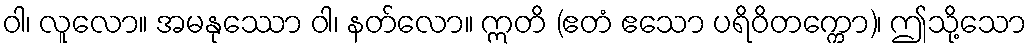
ဝါ၊ လူလော။ အမနုဿော ဝါ၊ နတ်လော။ ဣတိ (ဧတံ ဧသော ပရိဝိတက္ကော)၊ ဤသို့သော